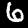
Digit: 6